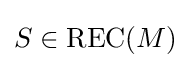
S\in \mathrm {REC} (M)